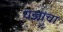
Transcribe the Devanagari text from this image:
यज्ञांचा